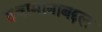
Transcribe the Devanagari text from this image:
हवामानाबद्दल